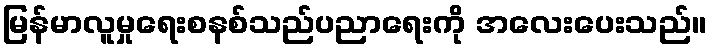
မြန်မာလူမှုရေးစနစ်သည်ပညာရေးကို အလေးပေးသည်။